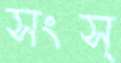
সংস্